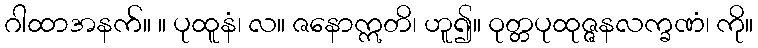
ဂါထာအနက်။ ။ ပုထူနံ၊ လ။ ဇနောဣတိ၊ ဟူ၍။ ဝုတ္တပုထုဇ္ဇနလက္ခဏံ၊ ကို။